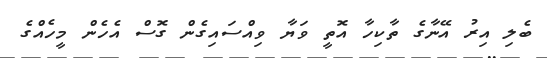
ބެލި އިރު އޭނާގެ ތާކިހާ އޮތީ ވަޔާ ވިއްސައިގެން ގޮސް އެހެން މީހެއްގެ